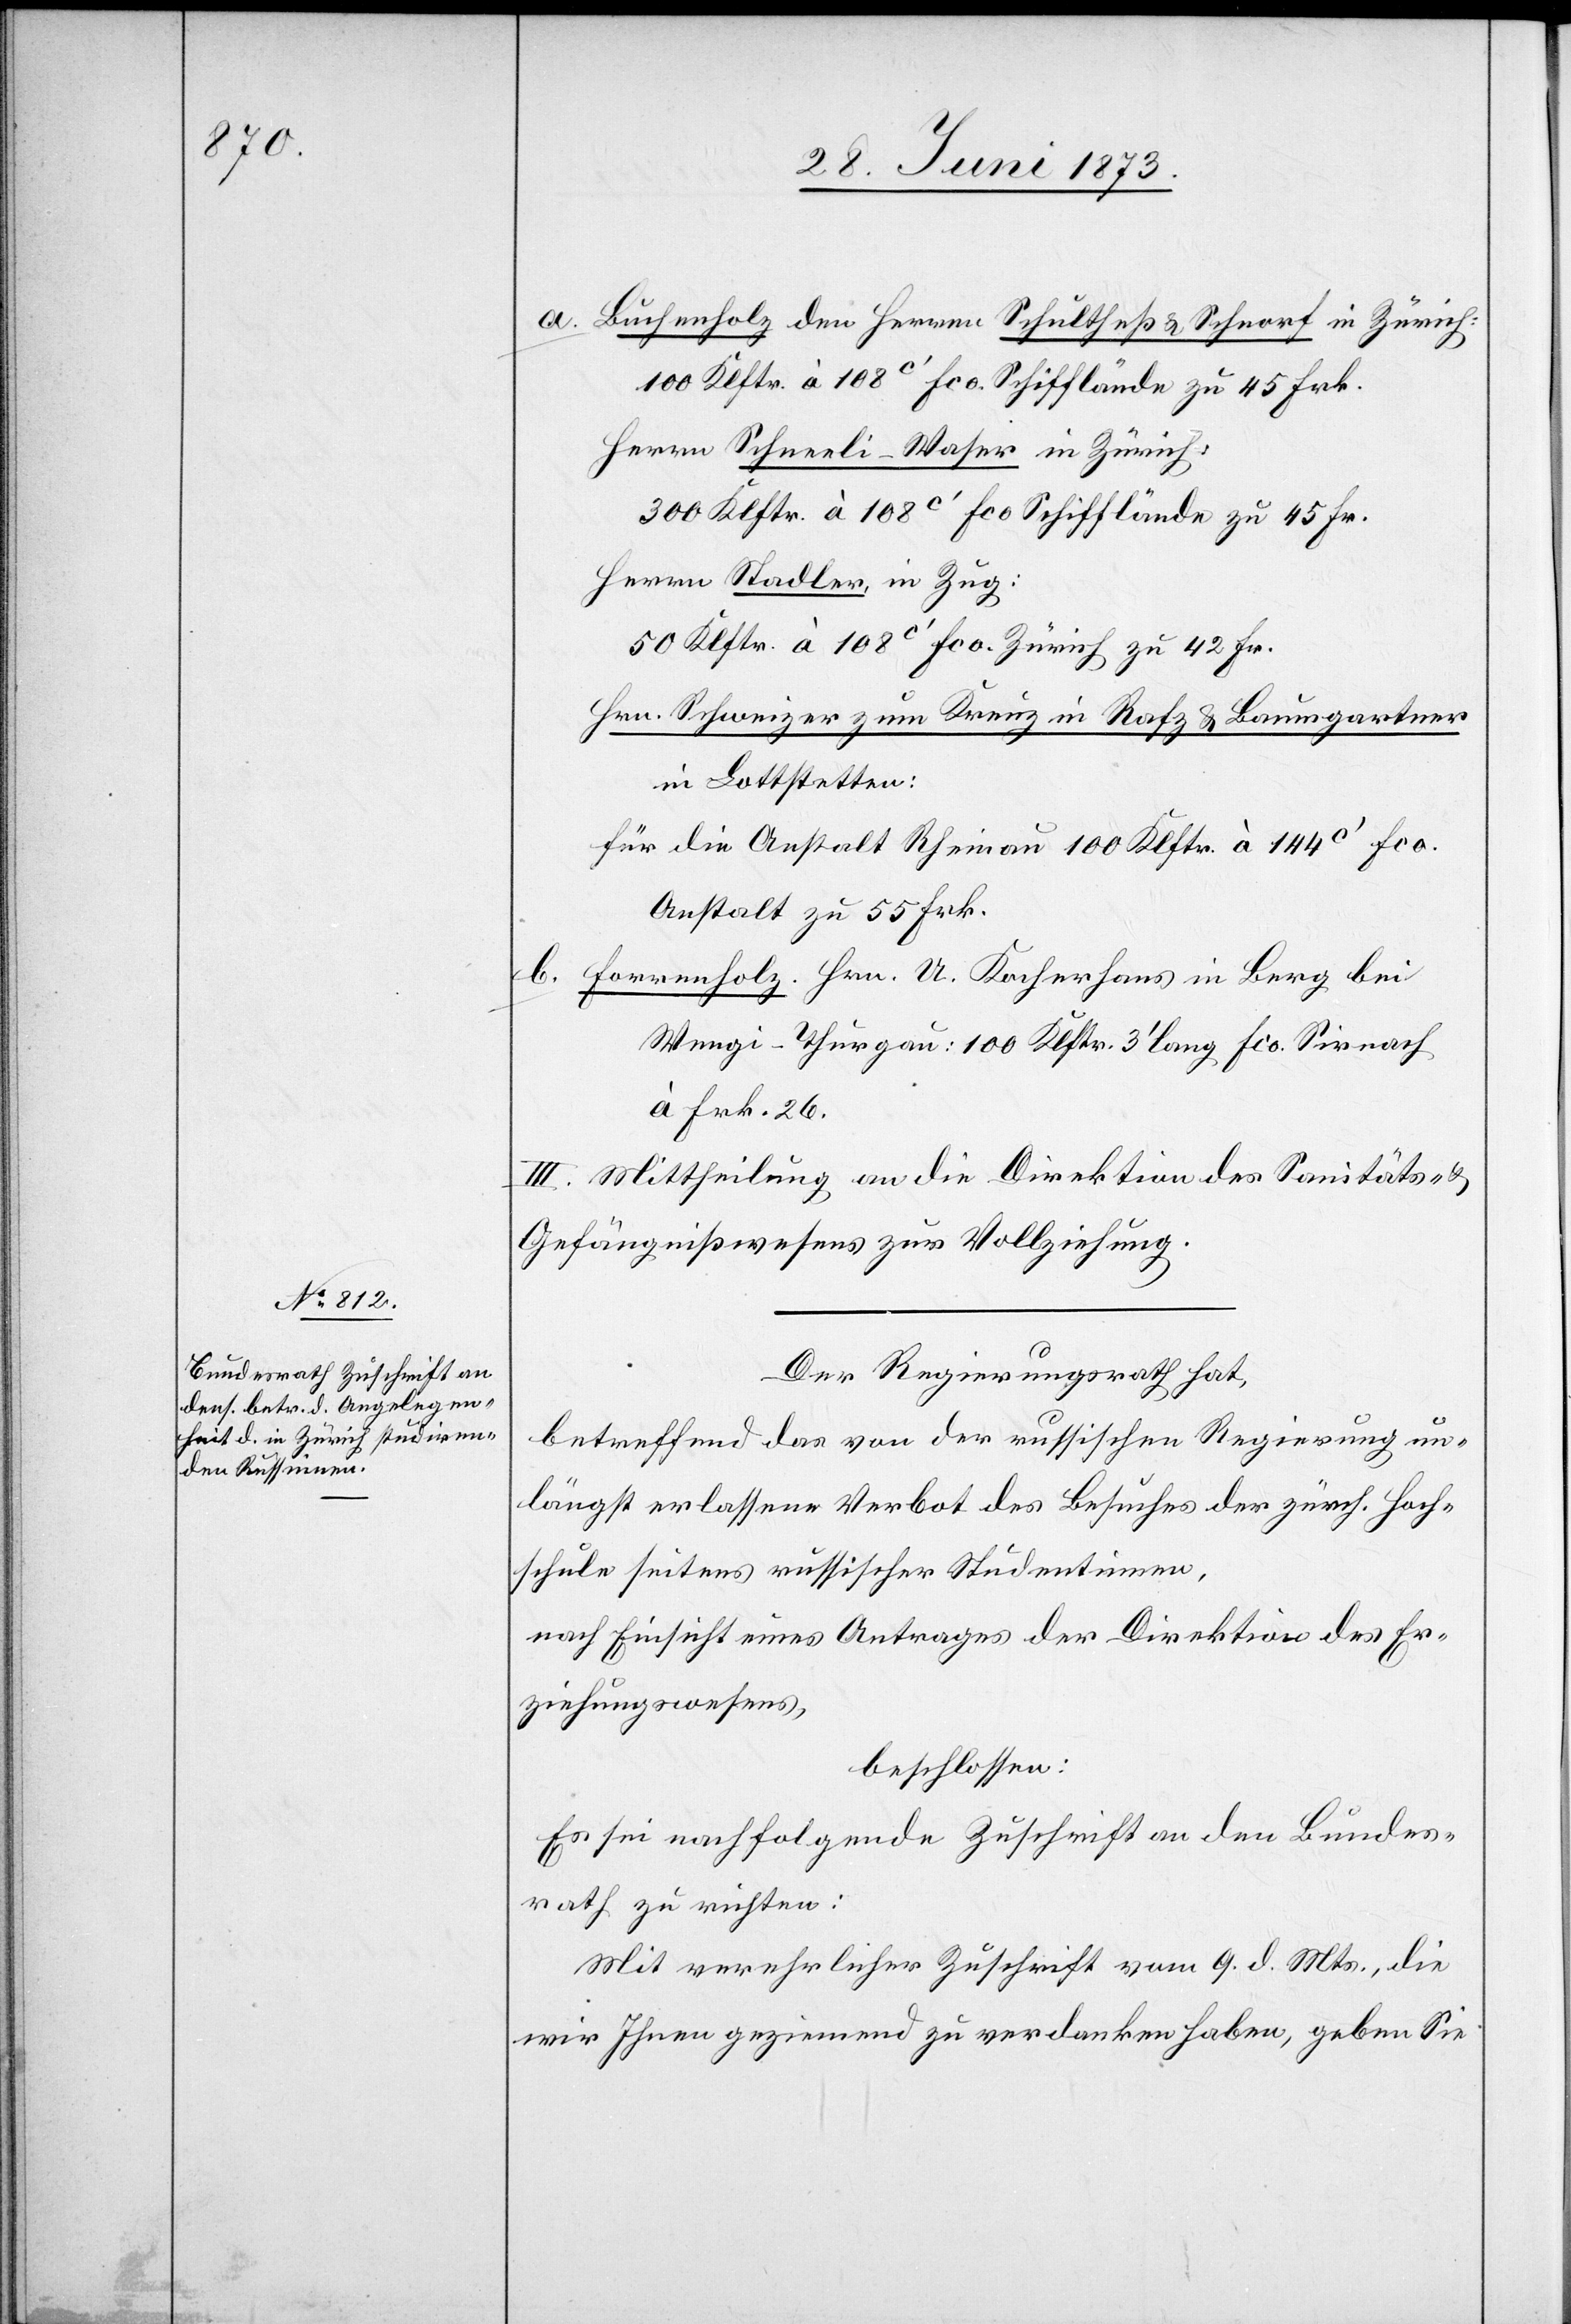
a. Buchenholz den Herren Schultheß & Schnorf in Zürich:
100 Klftr. à 108c‘ Fco. Schifflände zu 45 Frk.
Herrn Schneeli-Waser in Zürich:
300 Klftr. à 108c‘ Fco Schifflände zu 45 Fr.
Herrn Stadler, in Zug:
50 Klftr. à 108c‘ Fco. in Zürich zu 42 Fr.
Hrn. Schweizer zum Kreuz in Rafz & Baumgartner
in Lottstetten:
für die Anstalt Rheinau 100 Klftr. à 144c‘ Fco.
Anstalt zu 55 Frk.
b. Forrenholz. Hrn. U. Kocherhans in Berg bei
Wengi-Thurgau: 100 Klftr. 3‘ lang Fco. Sirnach
à Frk. 26.
III. Mittheilung an die Direktion des Sanitäts- &
Gefängnißwesens zur Vollziehung.
Der Regierungsrath hat,
betreffend das von der russischen Regierung un¬
längst erlassene Verbot des Besuches der zürch. Hoch¬
schule seitens russischer Studentinnen,
nach Einsicht eines Antrages der Direktion des Er¬
ziehungswesens,
beschlossen:
Es sei nachfolgende Zuschrift an den Bundes¬
rath zu richten:
Mit verehrlicher Zuschrift vom 9. d. Mts., die
wir Ihnen geziemend zu verdanken haben, geben Sie